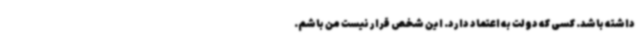
داشته باشد. کسی که دولت به اعتماد دارد. این شخص قرار نیست من باشم.